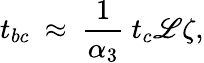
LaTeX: {t_{bc}}~\approx~\frac{1}{\alpha_{3}}~t_{c}\mathscr{L}\zeta,